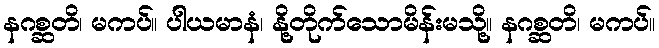
နဂစ္ဆတိ၊ မကပ်။ ပါယမာနံ၊ နို့တိုက်သောမိန်းမသို့။ နဂစ္ဆတိ၊ မကပ်။